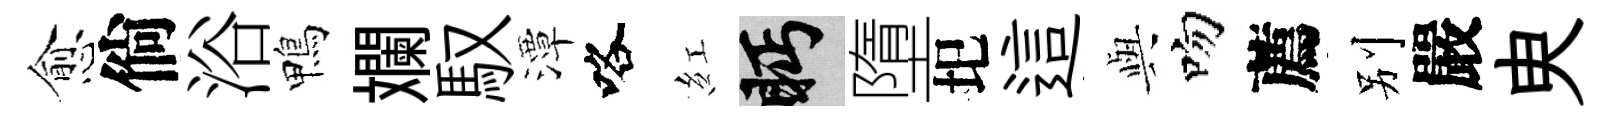
愈倘浴鴨斕馭潭咯紅眄墮圯這𫤰吻薦别嚴㬰